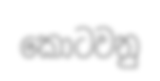
කොටවනු